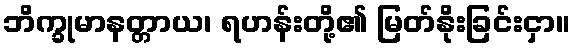
ဘိက္ခုမာနတ္တာယ၊ ရဟန်းတို့၏ မြတ်နိုးခြင်းငှာ။